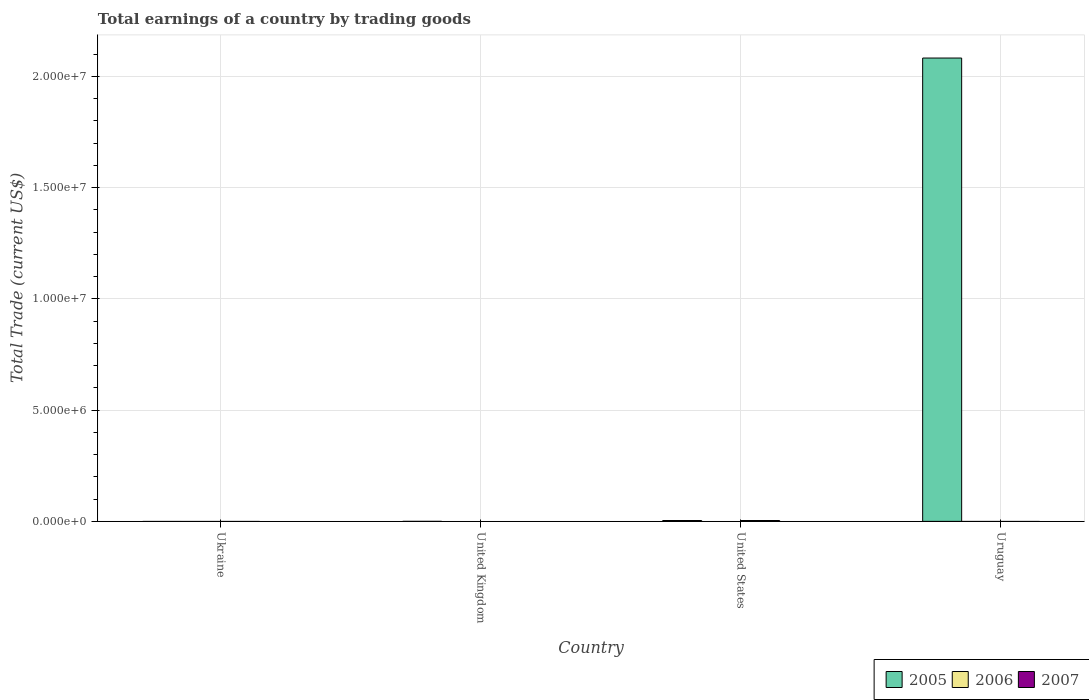
| Country | 2005 | 2006 | 2007 |
 | --- | --- | --- | --- |
 | Ukraine | -2.19e+09 | -6.05e+09 | -1.16e+10 |
 | United Kingdom | -1.27e+11 | -1.43e+11 | -1.87e+11 |
 | United States | -7.83e+11 | -8.37e+11 | -8.21e+11 |
 | Uruguay | 2.08e+07 | -4.99e+08 | -5.45e+08 |